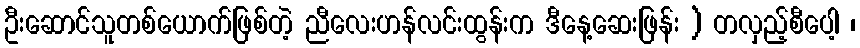
ဦးဆောင်သူတစ်ယောက်ဖြစ်တဲ့ ညီလေးဟန်လင်းထွန်းက ဒီနေ့ဆေးဖြန်း ) တလှည့်စီပေါ့ ၊